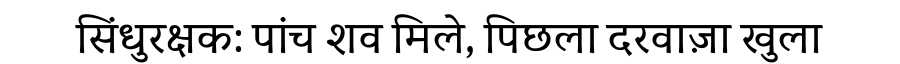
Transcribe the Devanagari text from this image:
सिंधुरक्षक: पांच शव मिले, पिछला दरवाज़ा खुला